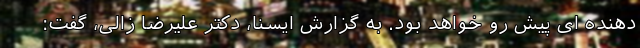
دهنده ای پیش رو خواهد بود. به گزارش ایسنا، دکتر علیرضا زالی، گفت: